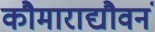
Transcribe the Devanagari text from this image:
कौमाराद्यौवनं